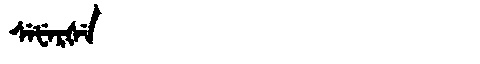
Manchu: ᠰᡝᡶᡝᡵᡧᡝ
Romanization: SEFERŠE